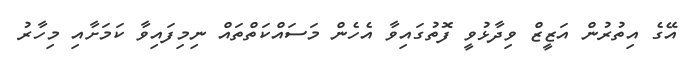
އޭގެ އިތުރުން އަޒީޒް ވިދާޅުވީ ފޮތުގައިވާ އެހެން މަސައްކަތްތައް ނިމިފައިވާ ކަމަށާއި މިހާރު